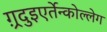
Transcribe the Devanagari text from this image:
ग़्रदुइएर्तेन्कोल्लेग